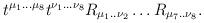
LaTeX: \begin{align*}t^{\mu_1...\mu_8}t^{\nu_1...\nu_8}R_{\mu_1..\nu_2}\ldots R_{\mu_7..\nu_8}.\end{align*}